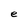
Character: e